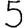
Digit: 5